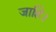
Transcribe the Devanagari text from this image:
जाहि।